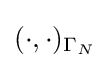
(\cdot ,\cdot )_{\Gamma _{N}}